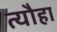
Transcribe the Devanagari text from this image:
त्यौहा